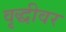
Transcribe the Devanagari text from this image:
वृद्धीवर